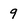
Character: 9